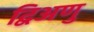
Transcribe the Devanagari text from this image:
द्विअणु